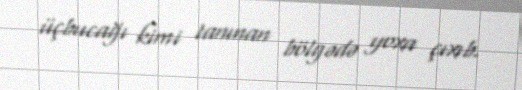
üçbucağı kimi tanınan bölgədə yoxa çıxıb.